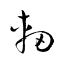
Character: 軔